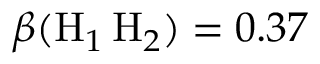
\beta ( \mathrm { H } _ { 1 } \, \mathrm { H } _ { 2 } ) = 0 . 3 7